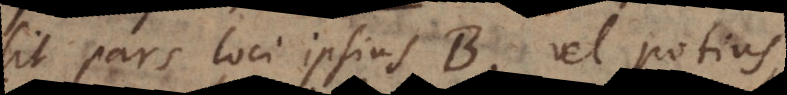
sit pars loci ipsius B, vel potius,